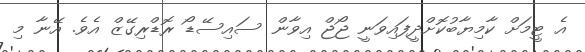
އެ ޓީމަށް ކާމިޔާބުކޮށްދީފައިވަނީ ޖޯޖް އިވާން ސައިސޭޑޯ ރޮޑްރިގޭޒް އެވެ. އޭނާ މި